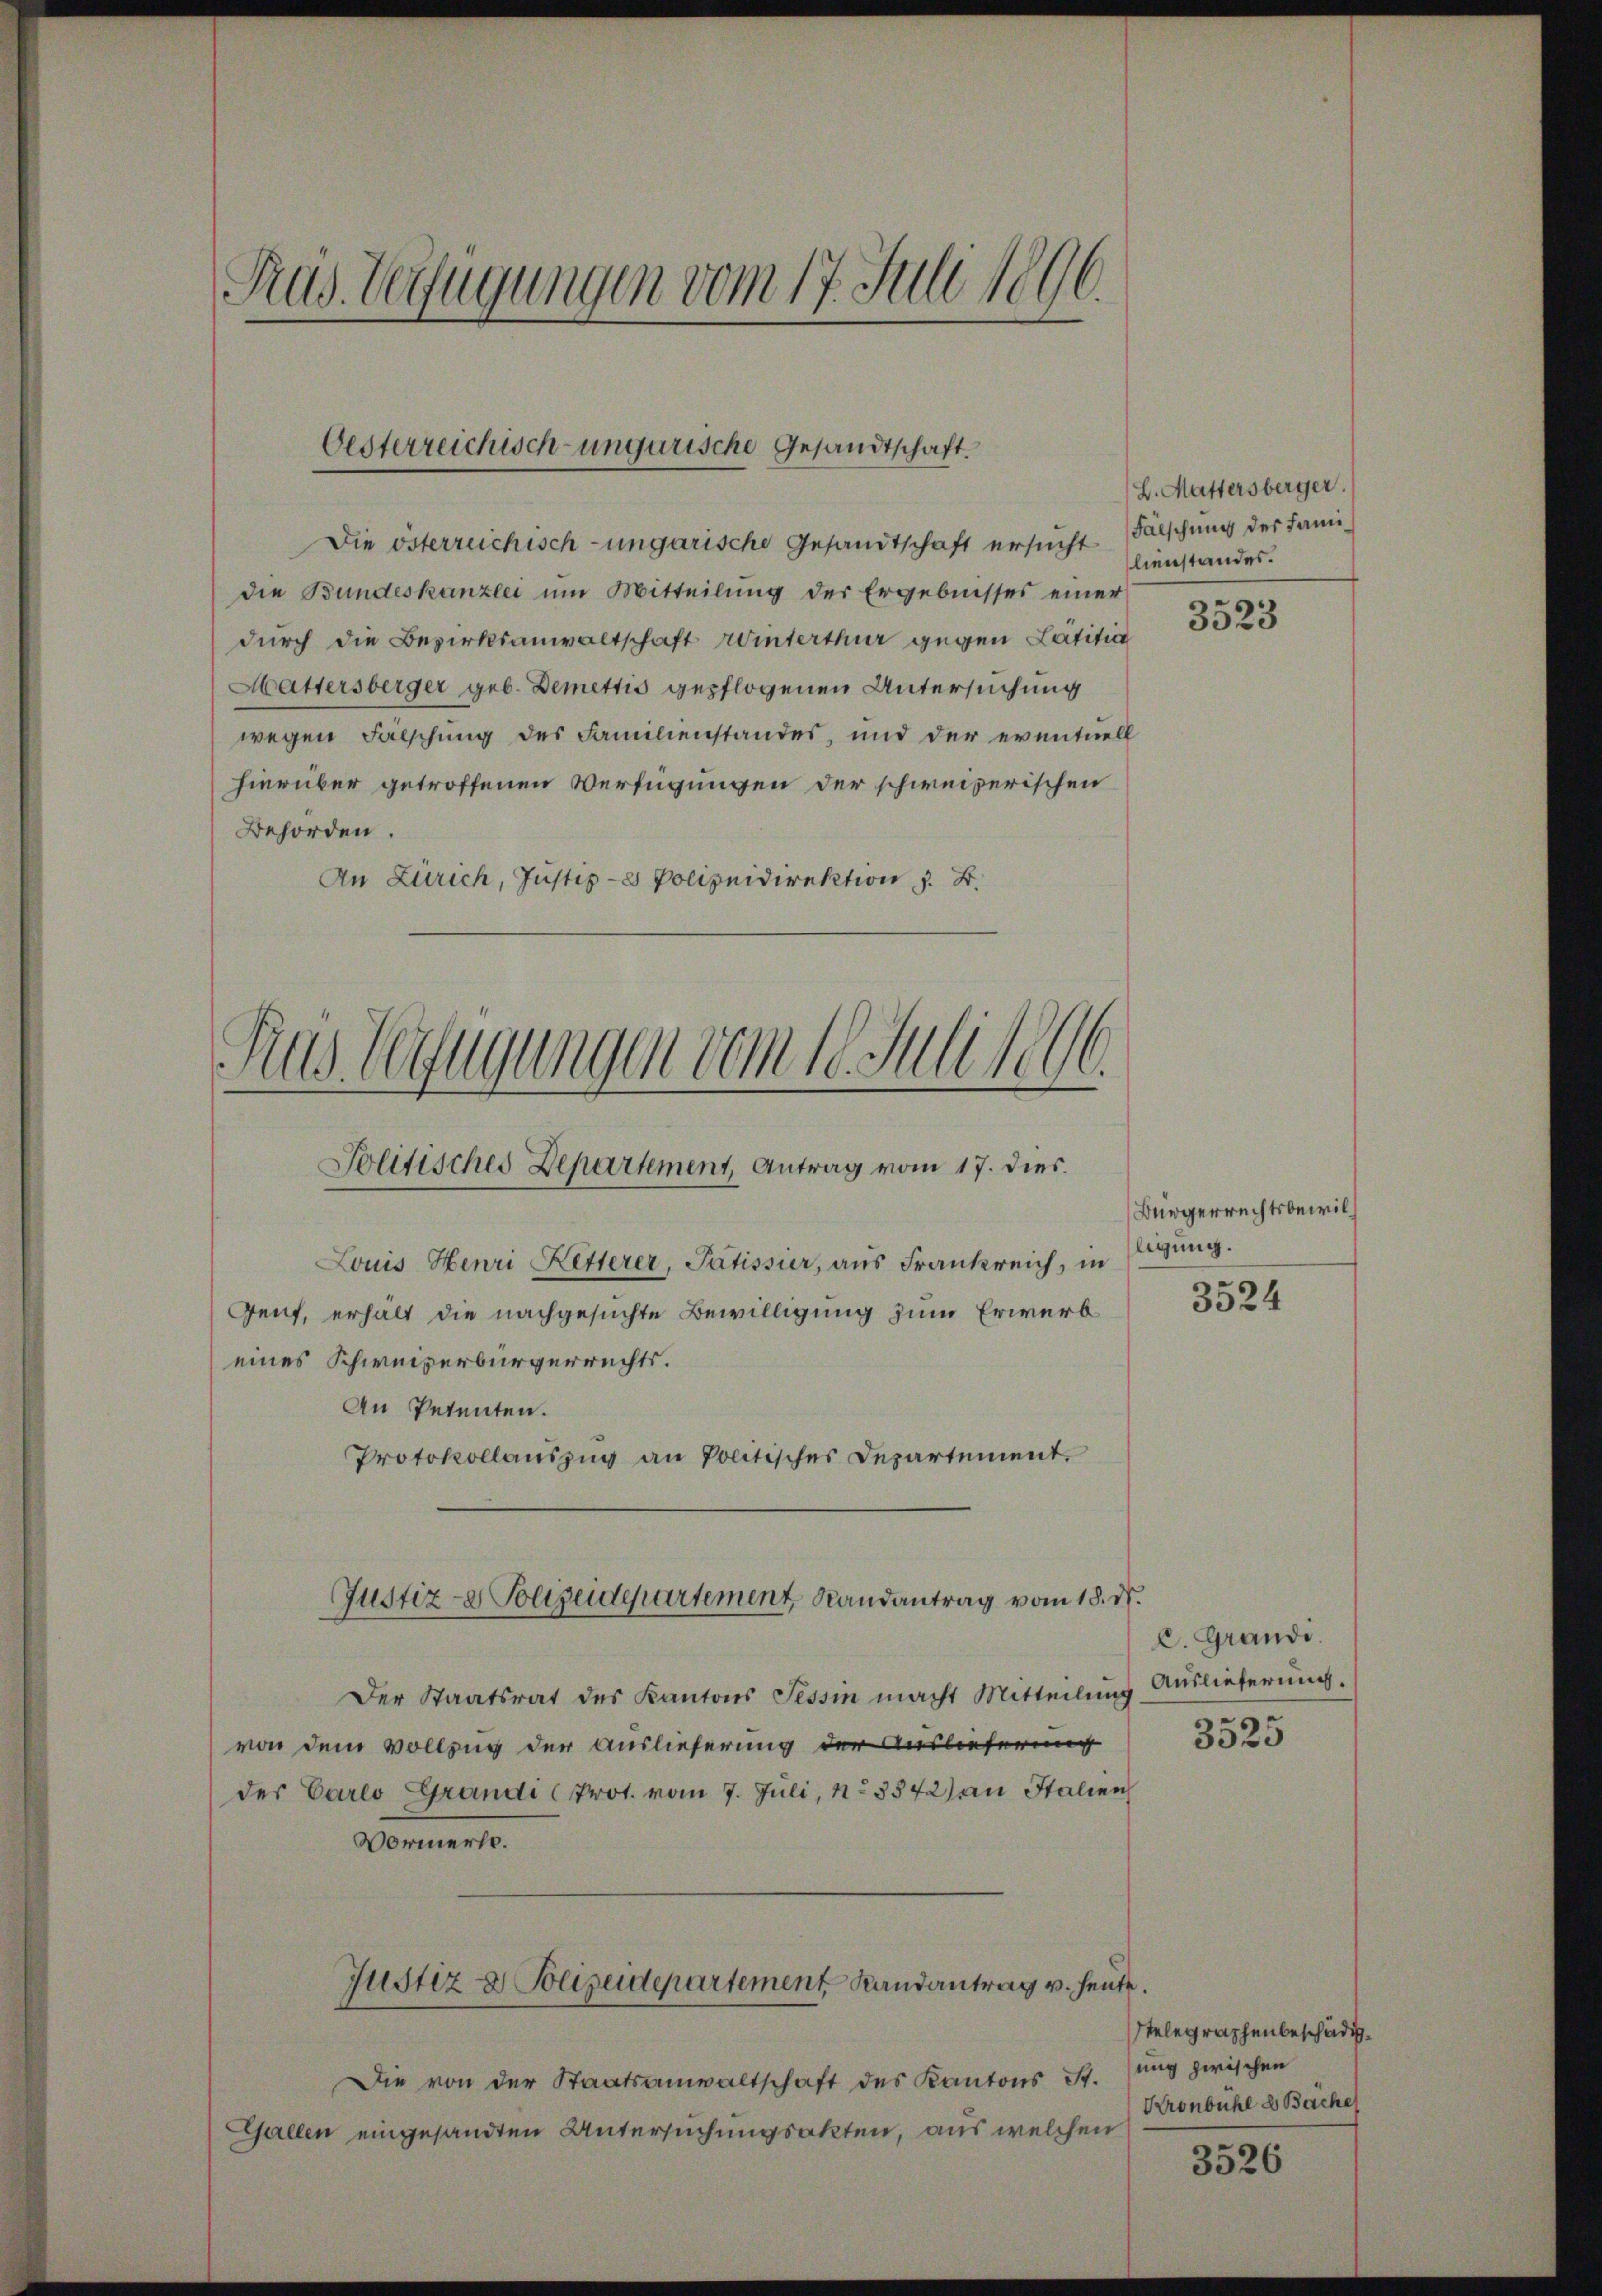
Pras. Verfügungen vom 17. Juli 1896.

Oesterreichisch-ungarische Gesandtschaft.

Die österreichisch-ungarische Gesandtschaft ersucht
die Bundeskanzlei um Mitteilŭng der Ergebnisses einer
durch die Bezirksanwaltschaft Winterthur gegen Latitia
Hattersberger geb. Demettis gepflogenen Untersuchung
wegen Fälschung des Familienstandes, und der eventuell
hierüber getroffenen Verfügungen der schweizerischen
Behörden.
An Zürich, Justiz - Polizeidirektion z. B.

Aus Gefügungen vom 18. Juli 1896.
Politisches Departement, Antrag vom 17. dies

Justiz- & Polizeidepartement, Randantrag vom 18. d.

Louis Henri Ketterer, Patissier, aus Frankreich, in Eigung.
Gent, erhält die nachgesuchte Bewilligung zum Erwerb
eines Schweizerbürgerrechts.
An Petenten.
Protokollauszug an Politisches Departement.
c. Grandi.
Der Staatsrat des Kantons Tessin macht Mitteilung
von dem Vollzug der Auslieferung der Auslieferung
der Carlo Grandi (Prot. vom 7. Juli, No 3572) an Italien
Vormerk.
Justiz & Polizeidepartement Handantrag u. heute.
Stelegraphenbeschädigung zwischen
Die von der Staatsanwaltschaft des Kantons St.
Kronbühl ds Bäche
Gallen eingesandten Untersuchungsakten, aus welchen
3526

B. Mattersberger.
Fälschung der Familienstandes.

3523

Bürgerrechtsbewil¬

3524

Auslieferung.